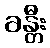
ခန္တီး